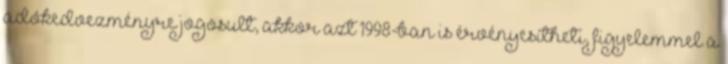
adókedvezményre jogosult, akkor azt 1998-ban is érvényesítheti, figyelemmel a